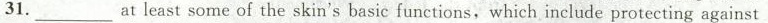
31.___ at least some of the skin's basic functions, which include protecting against